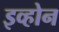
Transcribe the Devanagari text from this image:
इव्होन